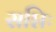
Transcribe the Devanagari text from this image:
सप्तिः